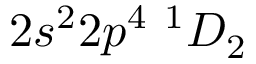
2 s ^ { 2 } 2 p ^ { 4 } ~ ^ { 1 } D _ { 2 }